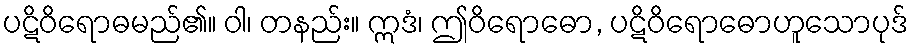
ပဋိဝိရောဓမည်၏။ ဝါ၊ တနည်း။ ဣဒံ၊ ဤဝိရောဓော, ပဋိဝိရောဓောဟူသောပုဒ်